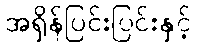
အရှိန်ပြင်းပြင်းနှင့်